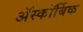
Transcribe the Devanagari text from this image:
ॲस्कॉर्बिक